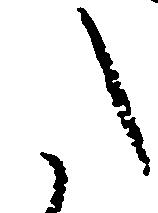
た